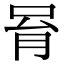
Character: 𠱮